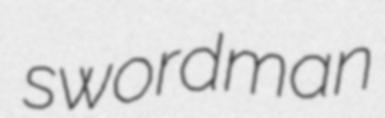
swordman